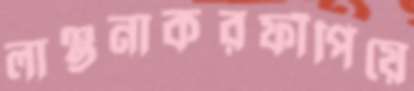
লাঞ্ছনাকরফাঁপিয়ে